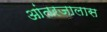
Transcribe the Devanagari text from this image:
आंतरजालास